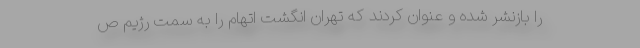
را بازنشر شده و عنوان کردند که تهران انگشت اتهام را به سمت رژیم ص